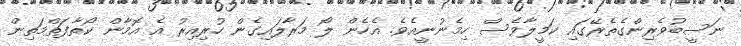
ނަސީބުވެރިންގެތެރޭގައި ކަމީލާވެސް ހިމެނުނީއެވެ. އެހެން ލޯ މަރާލައިގެން ހުރިއިރު އެ އޮމާން ކޯތާފަތްމަތިން